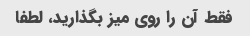
فقط آن را روی میز بگذارید، لطفا